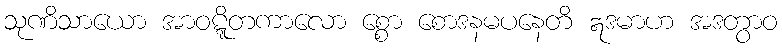
သုဏိသာယော အာဝဋ္ဋိတကာလော စ္စော စောဒနမပနေတိ ဣဒမာဟ အဒတွာဝ